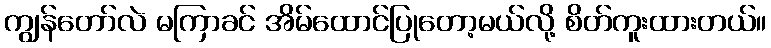
ကျွန်တော်လဲ မကြာခင် အိမ်ထောင်ပြုတော့မယ်လို့ စိတ်ကူးထားတယ်။